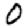
Digit: 0